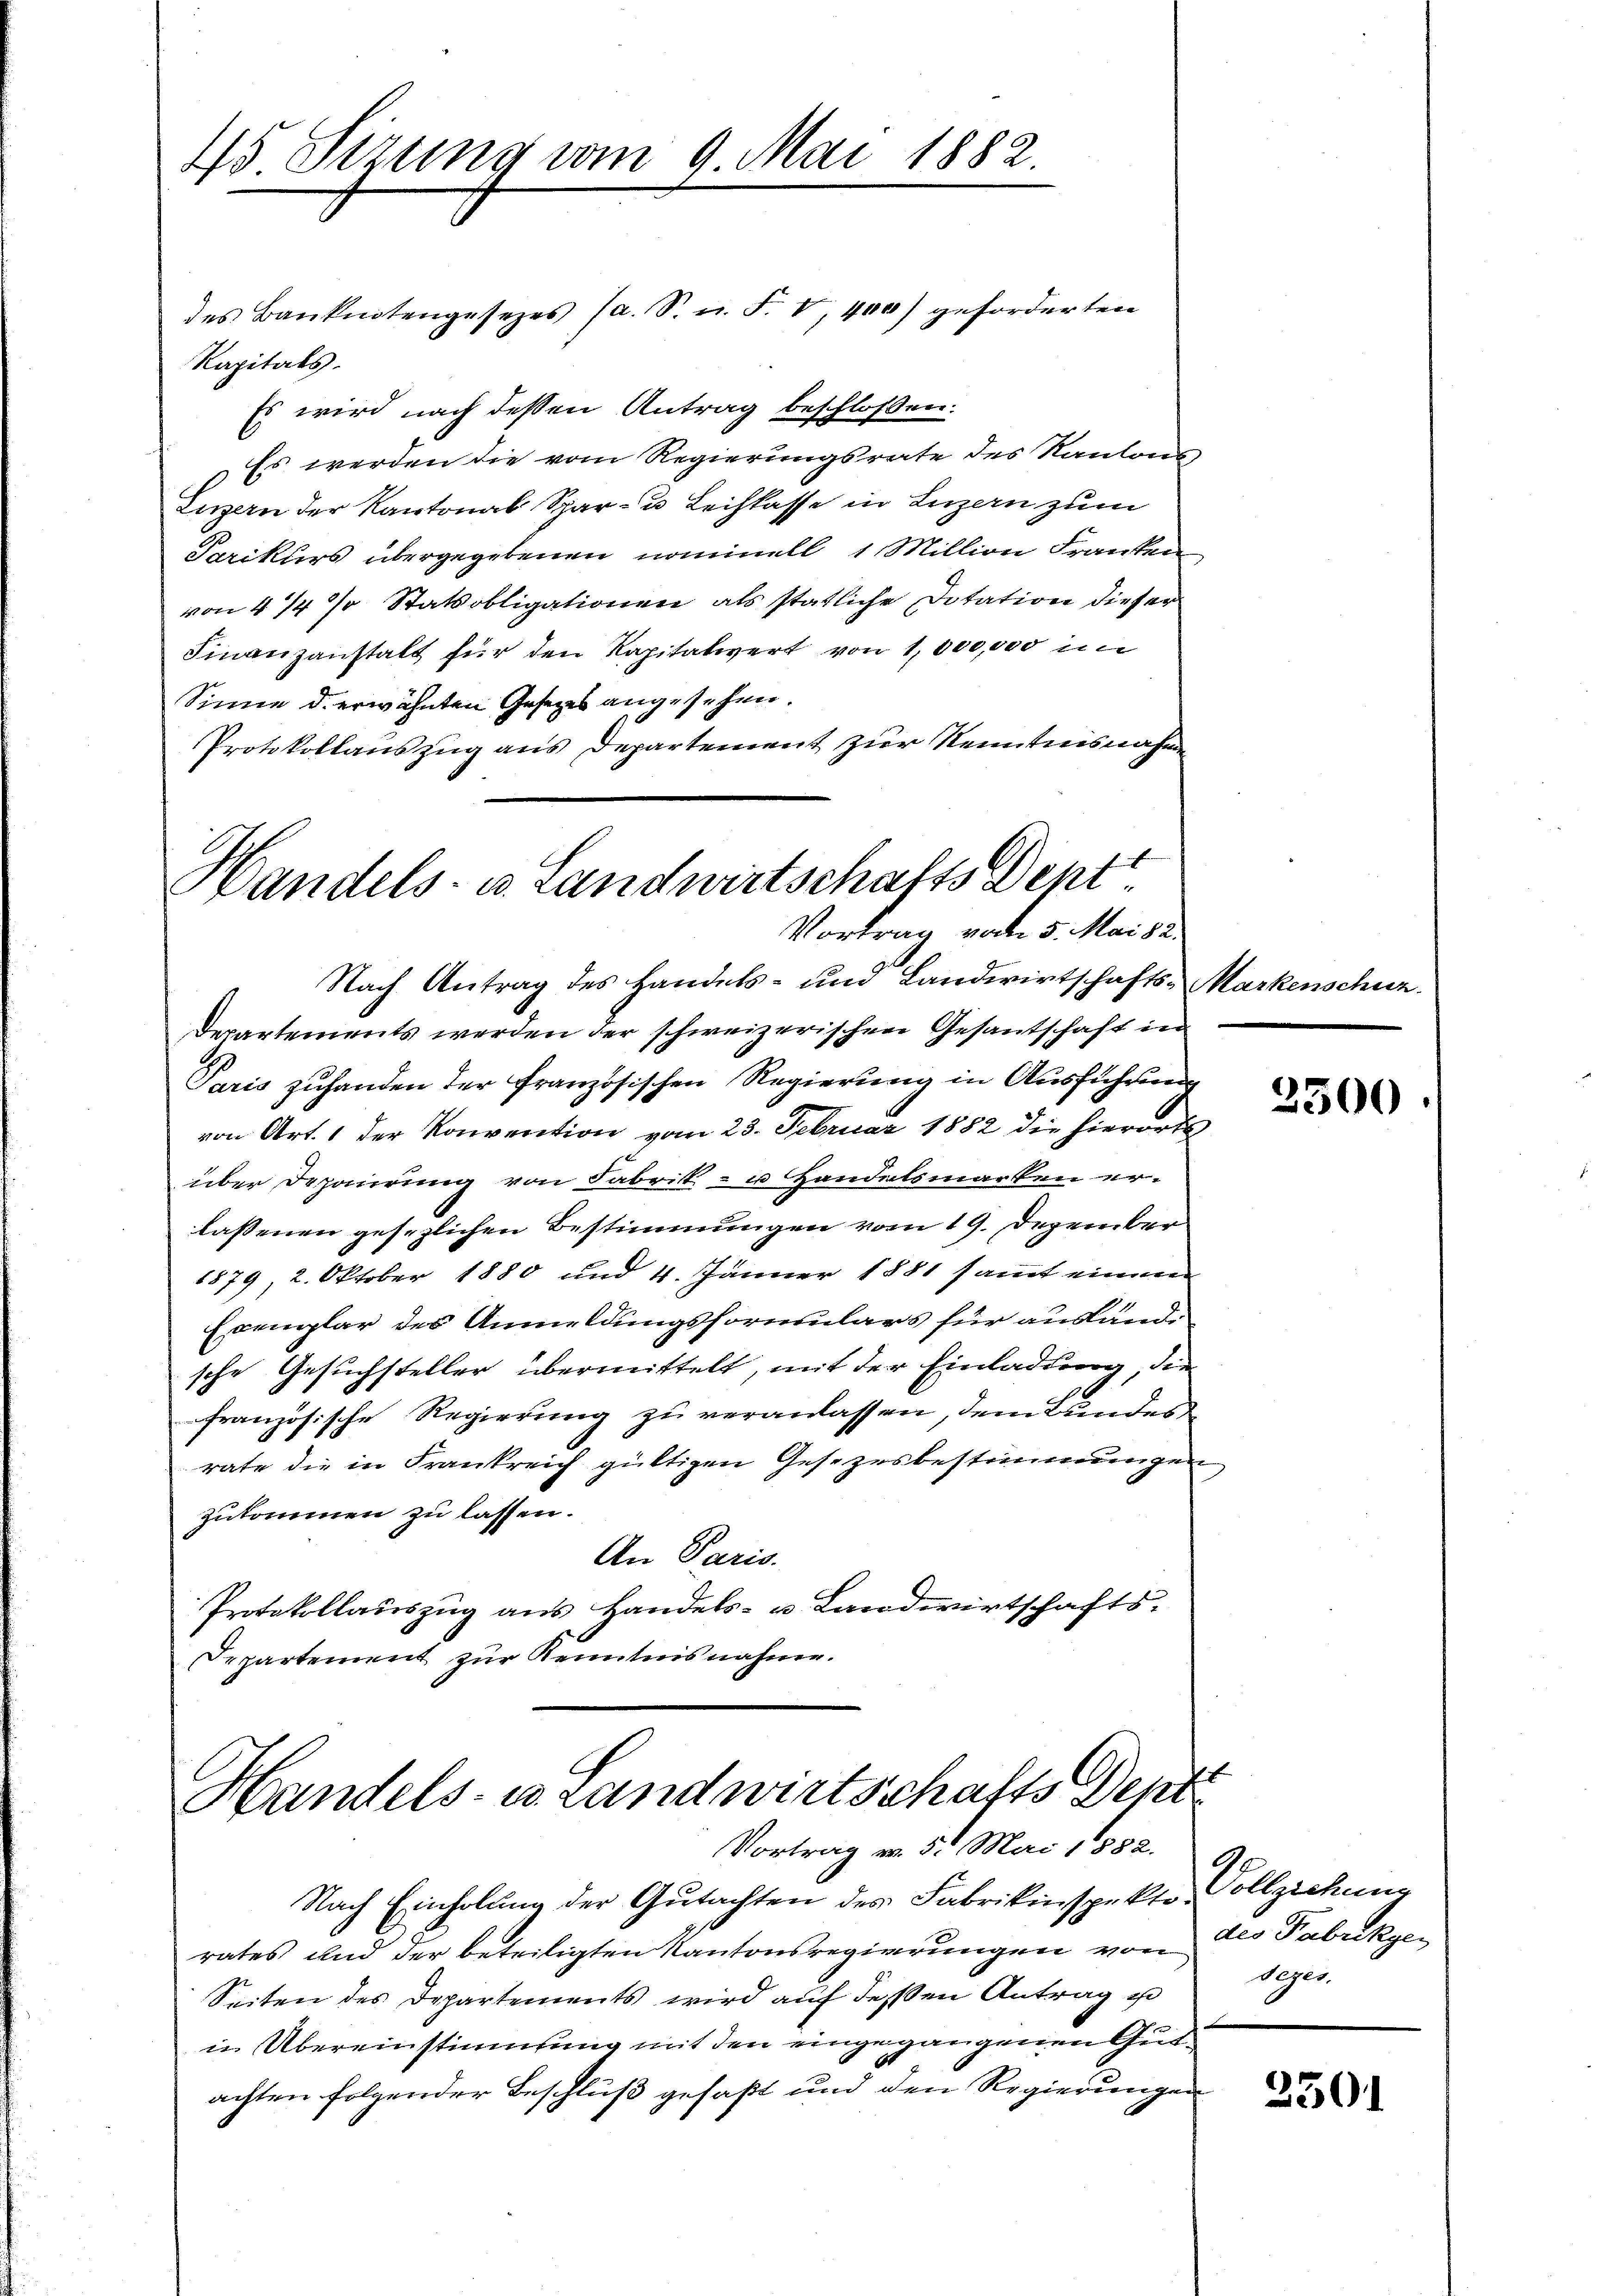
45. Sezung vom 9. Mai 1882.

Kapitals.
Es wird nach dessen Antrag beschlossen:
Es werden die vom Regierungsrate des Kantons
Luzern der Kantonal Spar- u Leihkasse in Luzern zum
Sarikurs übergegebenen nominell 1 Million Franken
von 4/4 % Statsobligationen als statliche Dotation dieser
Finanzanstalt für den Kapitalwert von 1,000,000 im
Sinne d. erwähnten Gesetzes angesehen.
Protokollauszug aus Departement zur Kenntnisnahme

des Banknotengesetzes Ja. S. u. F. V, 400) geforderten

Handels- u. Landwirtschafts Dent
Vortrag vom 5. Mai 82.
Nach Antrag des Handels- und Landwirtschafts-Markenschuz

Handels- u. Landwirtschafts Dept
Vortrag v. 5. Mai 1882.

Nach Einholung der Gutachten des Fabrikinspekto
rates und der beteiligten Kantonsregierungen von des Fabrikge¬
Seiten des Departements wird aŭf dessen Antrag zu Seges.
in Übereinstimmung mit den eingegangenen Gutachten folgender Beschluß gefaßt und den Regierungen

Departements werden der schweizerischen Gesantschaft in
Paris zuhanden der französischen Regierung in Ausführung
von Art. 1 der Konvention vom 23. Februar 1882 die hierorts
über Depairung von Fabrik- u Handelsmarken erlassenen gesezlichen Bestimmungen vom 19. Dezember
1879, 2. Oktober 1880 und 4. Jänner 1881 sammt einem
Exemplar des Anmeldungsformulars für auslandsche Gesuchsteller übermittelt, mit der Einladung, die
französische Regierung zu veranlassen, dem Kundesrate die in Frankreich gültigen Gesezesbestimmungen
zukommen zu lassen.
An Paris.
Protokollauszug aus Handels- u. Landwirtschafts-
Departement zur Kenntnisnahme.

a

2500

Vollziehung

2501